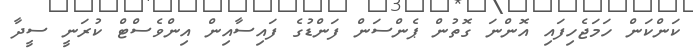
ކަންކަން ހަމަޖެހިފައި އޮންނަ ގޮތުން ޕެންސަން ފަންޑުގެ ފައިސާއިން އިންވެސްޓް ކުރަނީ ސީދާ